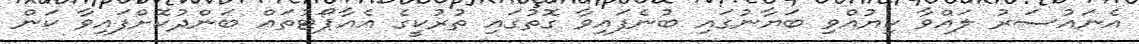
އެނައުސަރު ލައްވާ ކިޔުއްވި ބަޔާނުގައި ބުނެފައިވާ ގޮތުގައި ތުރުކީގެ އެއާޕޯޓުތައް ބަންދުކޮށްފައިވާ ކަން